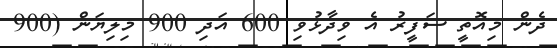
ދެން މިއޮތީ ސަފީރު އެ ވިދާޅުވި 600 އަދި 900 މިލިޔަން (900